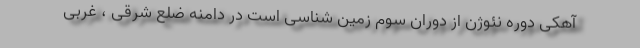
آهکی دوره نئوژن از دوران سوم زمین شناسی است در دامنه ضلع شرقی ، غربی